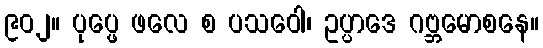
၉၀၂။ ပုပ္ဖေ ဖလေ စ ပသဝေါ၊ ဥပ္ပာဒေ ဂဗ္ဘမောစနေ။